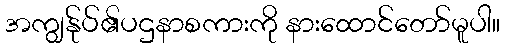
အကျွန်ုပ်၏ပဌနာစကားကို နားထောင်တော်မူပါ။